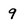
Character: 9